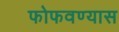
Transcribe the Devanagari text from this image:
फोफवण्यास